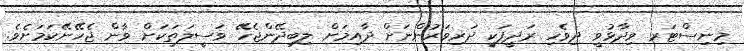
މިނިސްޓަރ ވިދާޅުވީ ދިވެހި ރަދީފަކީ ދަރިވަރުންނަށް ދާއިމަށް ލިބިދޭންޖެހޭ ވަސީލަތަކަށް ވާން ޖެހޭނޭކަމަށެވެ.